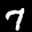
Label: 7